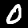
Label: 0